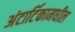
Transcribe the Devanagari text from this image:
अंटार्टिकामधील